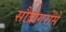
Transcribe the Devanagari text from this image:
सौदागरोंसे